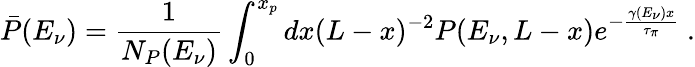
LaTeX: \bar{P}(E_{\nu})=\frac{1}{N_{P}(E_{\nu})}\int_{0}^{x_{p}}dx(L-x)^{-2}P(E_{\nu},L-x)e^{-\frac{\gamma(E_{\nu})x}{\tau_{\pi}}}~.